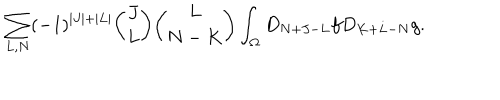
\sum _ { L , N } ( - 1 ) ^ { | J | + | L | } { \binom { J } { L } } { \binom { L } { N - K } } \int _ { \Omega } D _ { N + J - L } f D _ { K + L - N } g .